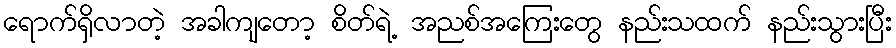
ရောက်ရှိလာတဲ့ အခါကျတော့ စိတ်ရဲ့ အညစ်အကြေးတွေ နည်းသထက် နည်းသွားပြီး